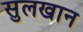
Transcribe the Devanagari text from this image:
सुलखान